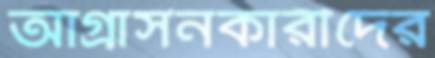
আগ্রাসনকারীদের